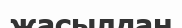
жасылдан